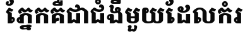
ភ្នែកគឺជាជំងឺមួយដែលកំរ